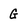
Character: G